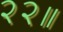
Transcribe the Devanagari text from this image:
२२॥